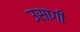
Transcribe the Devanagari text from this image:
उसागी